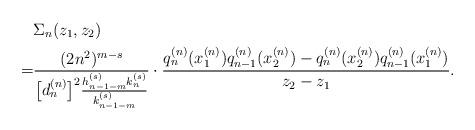
LaTeX: \begin{align*} & \Sigma_n(z_1, z_2) \\ = & \frac{(2n^2)^{m-s}}{ \big[d_{n}^{(n)}\big]^2 \frac{h_{n-1 -m }^{(s)} k_{n}^{(s)} }{ k_{n-1-m}^{(s)}} } \cdot \frac{q_{n}^{(n)}(x_1^{(n)} ) q_{n-1}^{(n)}(x_2^{(n)} ) - q_{n}^{(n)}(x_2^{(n)}) q_{n-1}^{(n)}(x_1^{(n)} )}{z_2 - z_1} . \end{align*}